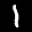
Label: 1